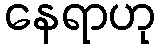
နေရာဟု